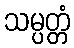
သမ္ပတ္တံ